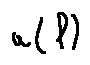
a ( l )